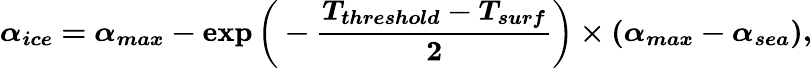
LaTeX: \boldsymbol{\alpha_{ice}=\alpha_{ma\mathit{x}}-\exp{\bigg(-\frac{{T_{threshold}-T_{surf}}}{{2}}}\bigg)\times(\alpha_{ma\mathit{x}}-\alpha_{sea}),}